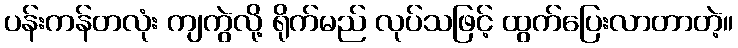
ပန်းကန်တလုံး ကျကွဲလို့ ရိုက်မည် လုပ်သဖြင့် ထွက်ပြေးလာတာတဲ့။